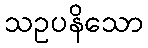
သဥပနိသော